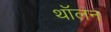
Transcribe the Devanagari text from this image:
थॉलन